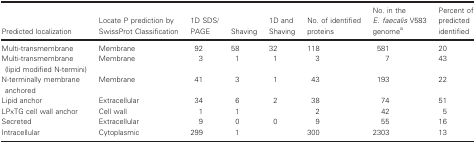
<table><thead><tr><td><b>Predicted localization</b></td><td><b>Locate P prediction by SwissProt Classification</b></td><td><b>1D SDS/PAGE</b></td><td><b>Shaving</b></td><td><b>1D and Shaving</b></td><td><b>No. of identified proteins</b></td><td><b>No. in the <i>E. faecalis</i> V583 genomea</b></td><td><b>Percent of predicted identified</b></td></tr></thead><tbody><tr><td>Multi‐transmembrane</td><td>Membrane</td><td>92</td><td>58</td><td>32</td><td>118</td><td>581</td><td>20</td></tr><tr><td>Multi‐transmembrane (lipid modified N‐termini)</td><td>Membrane</td><td>3</td><td>1</td><td>1</td><td>3</td><td>7</td><td>43</td></tr><tr><td>N‐terminally membrane anchored</td><td>Membrane</td><td>41</td><td>3</td><td>1</td><td>43</td><td>193</td><td>22</td></tr><tr><td>Lipid anchor</td><td>Extracellular</td><td>34</td><td>6</td><td>2</td><td>38</td><td>74</td><td>51</td></tr><tr><td>LPxTG cell wall anchor</td><td>Cell wall</td><td>1</td><td>1</td><td></td><td>2</td><td>42</td><td>5</td></tr><tr><td>Secreted</td><td>Extracellular</td><td>9</td><td>0</td><td>0</td><td>9</td><td>55</td><td>16</td></tr><tr><td>Intracellular</td><td>Cytoplasmic</td><td>299</td><td>1</td><td></td><td>300</td><td>2303</td><td>13</td></tr></tbody></table>